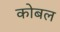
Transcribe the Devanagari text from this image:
कोबल